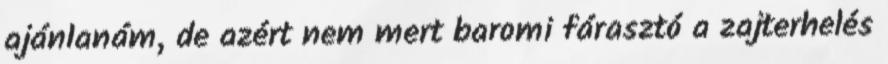
ajánlanám, de azért nem mert baromi fárasztó a zajterhelés